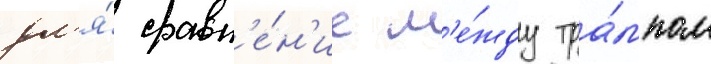
дл'я́ сравн'е́н'ие м'е́жду тра́мпом